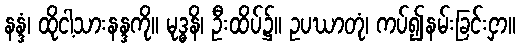
နန္ဒံ၊ ထိုငါ့သားနန္ဒကို။ မုဒ္ဓနိ၊ ဦးထိပ်၌။ ဥပဃာတုံ၊ ကပ်၍နမ်းခြင်းငှာ။